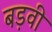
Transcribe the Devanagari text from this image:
बड़वी